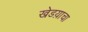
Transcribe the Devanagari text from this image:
खेडय़ाचा